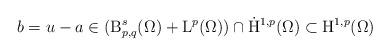
LaTeX: \begin{align*} b&=u-a \in ({\mathrm{B}}^{s}_{p,q}(\Omega)+\mathrm{L}^p(\Omega))\cap \dot{\mathrm{H}}^{1,p}(\Omega) \subset {\mathrm{H}}^{1,p}(\Omega)\end{align*}